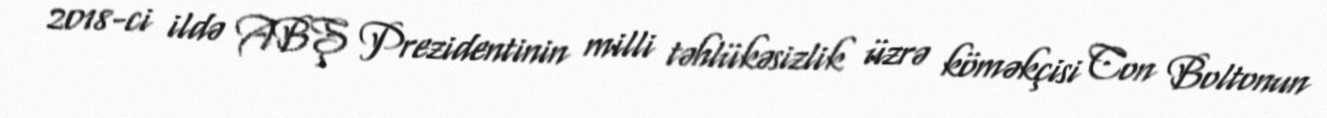
2018-ci ildə ABŞ Prezidentinin milli təhlükəsizlik üzrə köməkçisi Con Boltonun